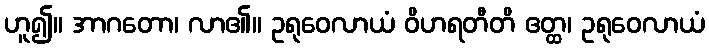
ဟူ၍။ အာဂတော၊ လာ၏။ ဥရုဝေလာယံ ဝိဟရတီတိ ဧတ္ထ၊ ဥရုဝေလာယံ